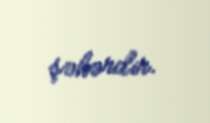
şəhərdir.